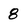
Character: 8